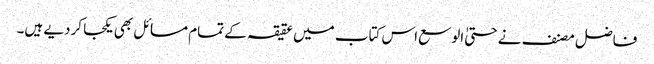
فاضل مصنف نے حتیٰ الوسع اس کتاب میں عقیقہ کے تمام مسائل بھی یکجا کردیے ہیں۔